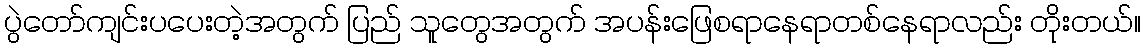
ပွဲတော်ကျင်းပပေးတဲ့အတွက် ပြည် သူတွေအတွက် အပန်းဖြေစရာနေရာတစ်နေရာလည်း တိုးတယ်။